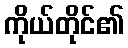
ကိုယ်တိုင်၏